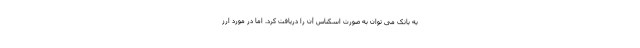
به بانک می توان به صورت اسکناس آن را دریافت کرد. اما در مورد ارز